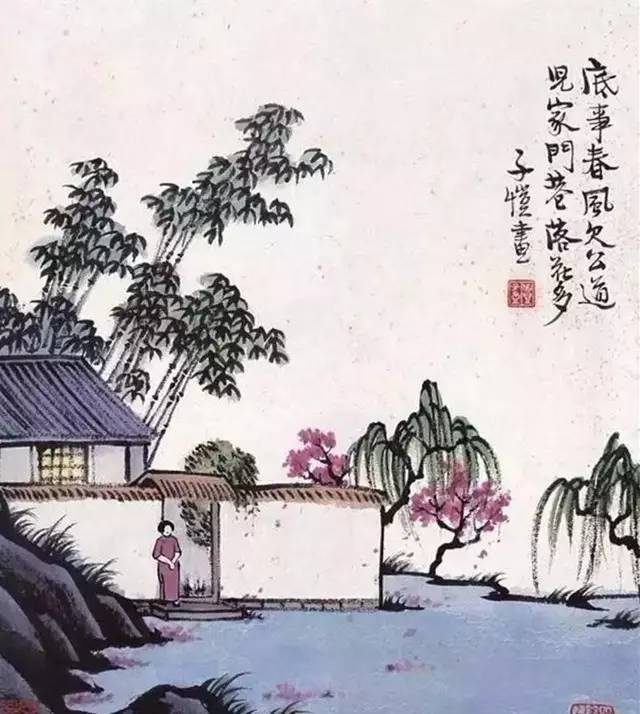
波上马嘶看棹去，柳边人歇待船归。